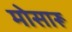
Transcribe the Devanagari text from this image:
मोसारू